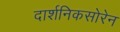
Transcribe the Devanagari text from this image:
दार्शनिकसोरेन